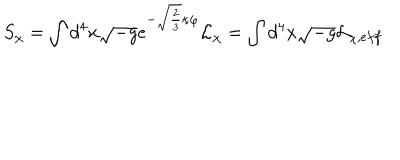
S _ { \chi } = \int d ^ { 4 } x \sqrt { - g } e ^ { - \sqrt { \frac 2 3 } \kappa \varphi } { \cal L } _ { \chi } = \int d ^ { 4 } x \sqrt { - g } { \cal L } _ { \chi , e f f }